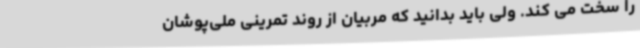
را سخت می کند. ولی باید بدانید که مربیان از روند تمرینی ملی‌پوشان